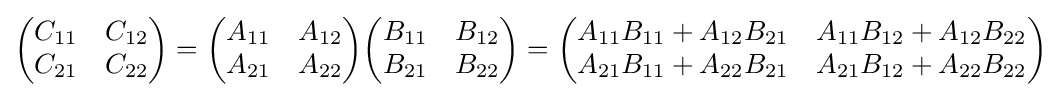
{\begin{pmatrix}C_{11}&C_{12}\\C_{21}&C_{22}\\\end{pmatrix}}={\begin{pmatrix}A_{11}&A_{12}\\A_{21}&A_{22}\\\end{pmatrix}}{\begin{pmatrix}B_{11}&B_{12}\\B_{21}&B_{22}\\\end{pmatrix}}={\begin{pmatrix}A_{11}B_{11}+A_{12}B_{21}&A_{11}B_{12}+A_{12}B_{22}\\A_{21}B_{11}+A_{22}B_{21}&A_{21}B_{12}+A_{22}B_{22}\\\end{pmatrix}}